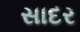
સાદર